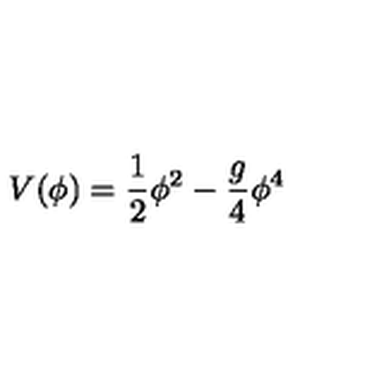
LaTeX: V ( \phi ) = \frac { 1 } { 2 } \phi ^ { 2 } - \frac { g } { 4 } \phi ^ { 4 }